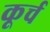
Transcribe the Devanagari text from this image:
कूर्च